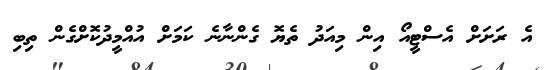
އެ ރަށަށް އެސްޓީއޯ އިން މިއަދު ތެޔޮ ގެންނާނެ ކަމަށް އުއްމީދުކޮށްގެން ތިބި